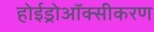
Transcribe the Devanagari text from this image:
होईड्रोऑक्सीकरण